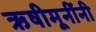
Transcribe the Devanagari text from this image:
ऋषीमूनींनी